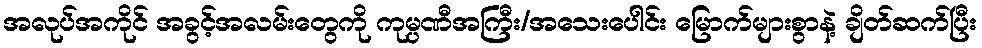
အလုပ်အကိုင် အခွင့်အလမ်းတွေကို ကုမ္ပဏီအကြီး/အသေးပေါင်း မြောက်များစွာနဲ့ ချိတ်ဆက်ပြီး